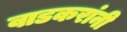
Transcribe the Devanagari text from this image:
वाडकरांनी